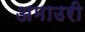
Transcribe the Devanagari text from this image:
अमाउरी